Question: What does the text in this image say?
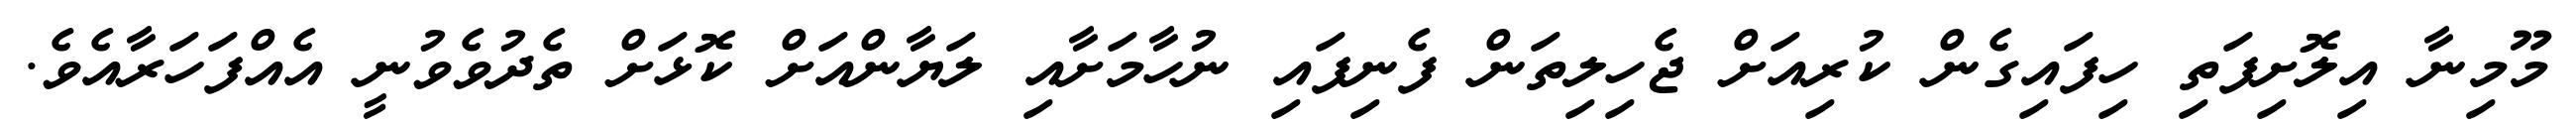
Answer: މޫމިނާ އިލޮށިފަތި ހިފައިގެން ކުރިއަށް ޖެހިލިތަން ފެނިފައި ނުހާމަށާއި ލަޔާންއަށް ކޮޅަށް ތެދުވެވުނީ އެއްފަހަރާއެވެ.